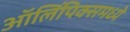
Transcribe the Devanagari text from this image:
ऑलिंपिक्समध्ये